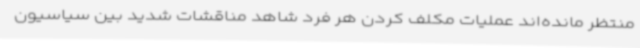
منتظر مانده‌اند عملیات مکلف کردن هر فرد شاهد مناقشات شدید بین سیاسیون